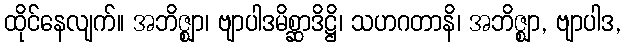
ထိုင်နေလျက်။ အဘိဇ္ဈာ၊ ဗျာပါဒမိစ္ဆာဒိဋ္ဌိ၊ သဟဂတာနိ၊ အဘိဇ္ဈာ, ဗျာပါဒ,